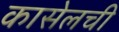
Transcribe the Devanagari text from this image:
कासेलची